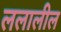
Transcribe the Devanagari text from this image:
ललालील